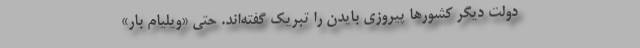
دولت دیگر کشورها پیروزی بایدن را تبریک گفته‌اند. حتی «ویلیام بار»